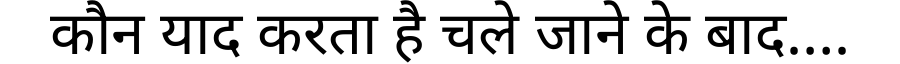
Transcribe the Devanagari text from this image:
कौन याद करता है चले जाने के बाद….